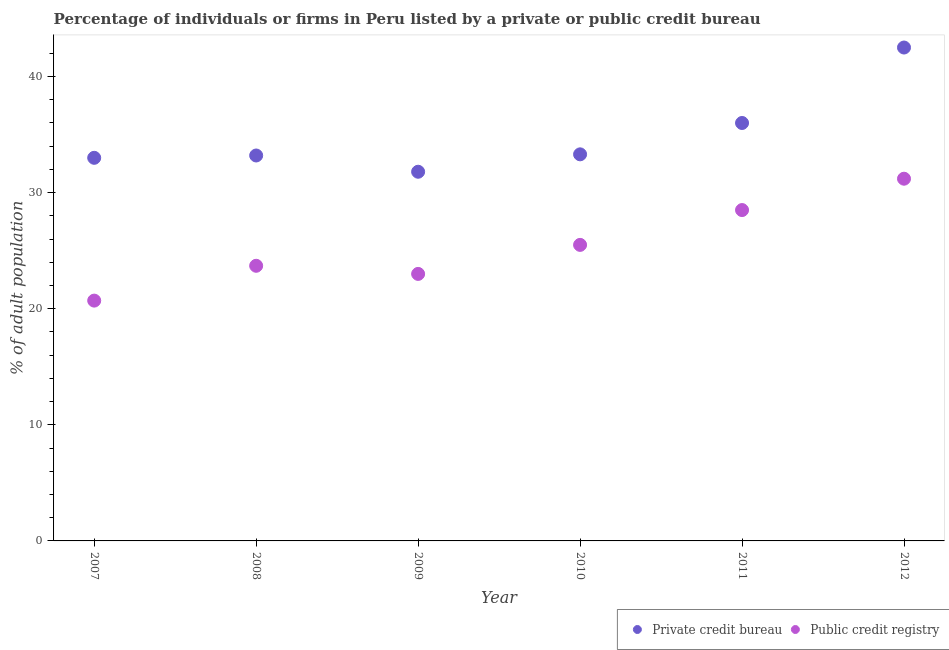
| Year | Private credit bureau | Public credit registry |
 | --- | --- | --- |
 | 2007 | 33 | 20.7 |
 | 2008 | 33.2 | 23.7 |
 | 2009 | 31.8 | 23 |
 | 2010 | 33.3 | 25.5 |
 | 2011 | 36 | 28.5 |
 | 2012 | 42.5 | 31.2 |